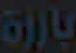
بارت